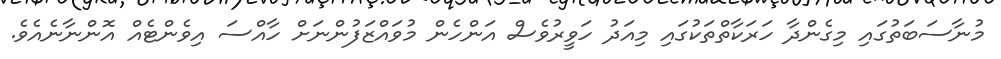
މުނާސަބަތުގައި މިގެންދާ ހަރަކާތްތަކުގައި މިއަދު ހަވީރުވެސް އަންހެން މުވައްޒަފުންނަށް ހާއްސަ އިވެންޓެއް އޮންނާނެއެވެ.